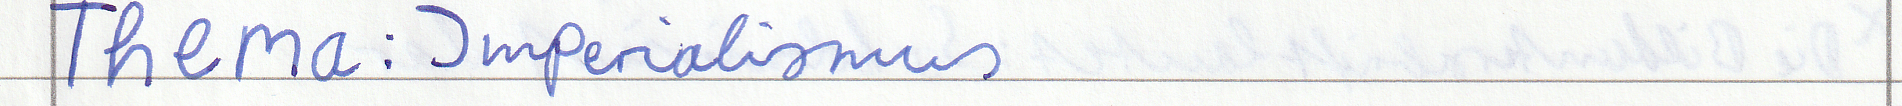
Thema: Imperialismus